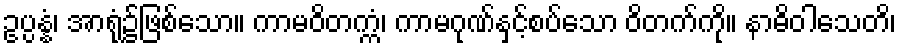
ဥပ္ပန္နံ၊ အာရုံ၌ဖြစ်သော။ ကာမဝိတက္ကံ၊ ကာမဂုဏ်နှင့်စပ်သော ဝိတက်ကို။ နာဓိဝါသေတိ၊